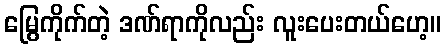
မြွေကိုက်တဲ့ ဒဏ်ရာကိုလည်း လူးပေးတယ်ဟေ့။